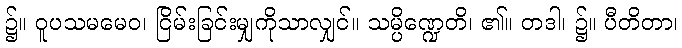
၌။ ဝူပသမမေဝ၊ ငြိမ်းခြင်းမျှကိုသာလျှင်။ သမ္ပိဏ္ဍေတိ၊ ၏။ တဒါ၊ ၌။ ပီတိတာ၊